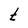
Character: t